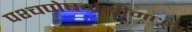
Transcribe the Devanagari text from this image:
पश्चपोषग्रंथीमधून